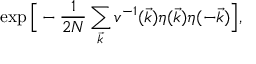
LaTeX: \exp \Big [ - \frac { 1 } { 2 N } \sum _ { \vec { k } } v ^ { - 1 } ( \vec { k } ) \eta ( \vec { k } ) \eta ( - \vec { k } ) \Big ] ,